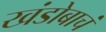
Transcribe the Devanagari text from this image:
खंडोबाचं